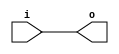
module bsg_unconcentrate_static_7
(
  i,
  o
);

  input [2:0] i;
  output [2:0] o;
  wire [2:0] o;
  assign o[2] = i[2];
  assign o[1] = i[1];
  assign o[0] = i[0];

endmodule